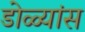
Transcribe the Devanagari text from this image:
डोळ्यांस